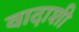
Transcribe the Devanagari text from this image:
वादाशी